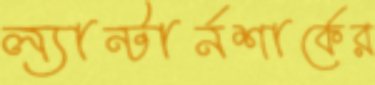
ল্যান্টার্নশার্কের